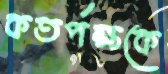
কতর্পক্ষকে